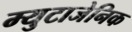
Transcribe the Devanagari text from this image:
म्युटाजेनिक